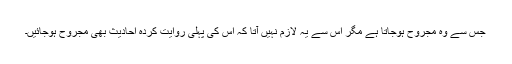
جس سے وہ مجروح ہوجاتا ہے مگر اس سے یہ لازم نہیں آتا کہ اس کی پہلی روایت کردہ احادیث بھی مجروح ہوجائیں۔